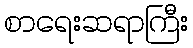
စာရေးဆရာကြီး